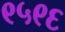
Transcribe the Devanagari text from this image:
९५९६